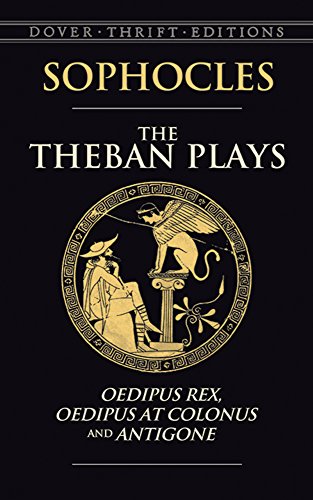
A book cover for The Theban Plays: Oedipus Rex, Oedipus at Colonus and Antigone (Dover Thrift Editions); Sophocles; Literature & Fiction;